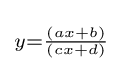
\scriptstyle y={\frac {(ax+b)}{(cx+d)}}